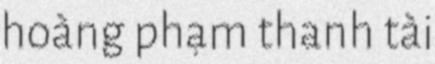
hoàng phạm thanh tài